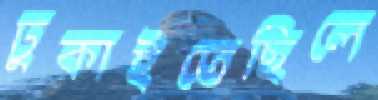
ঢুকাইতেছিলে